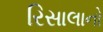
રિસાલાનો